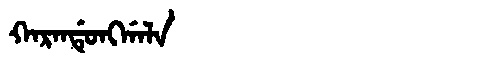
Manchu: ᡴᠠᡵᠠᠨᡩᡠᠩᡤᠠᠯᠠ
Romanization: KARANDUNGGALA